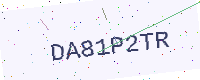
Text: DA81P2TR